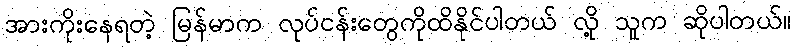
အားကိုးနေရတဲ့ မြန်မာက လုပ်ငန်းတွေကိုထိနိုင်ပါတယ် လို့ သူက ဆိုပါတယ်။